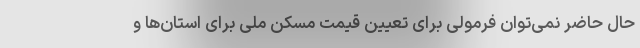
حال حاضر نمی‌توان فرمولی برای تعیین قیمت مسکن ملی برای استان‌ها و